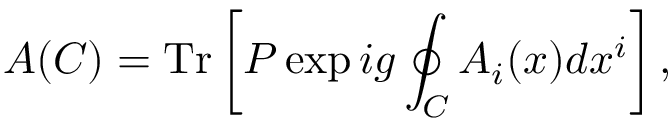
A ( C ) = \mathrm { T r } \left[ P \exp i g \oint _ { C } A _ { i } ( x ) d x ^ { i } \right] ,